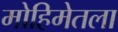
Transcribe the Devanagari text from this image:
मोहिमेतला